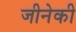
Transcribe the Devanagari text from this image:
जीनेकी